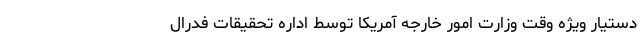
دستیار ویژه وقت وزارت امور خارجه آمریکا توسط اداره تحقیقات فدرال